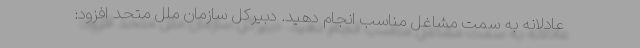
عادلانه به سمت مشاغل مناسب انجام دهید. دبیرکل سازمان ملل متحد افزود: